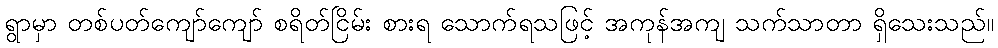
ရွာမှာ တစ်ပတ်ကျော်ကျော် စရိတ်ငြိမ်း စားရ သောက်ရသဖြင့် အကုန်အကျ သက်သာတာ ရှိသေးသည်။